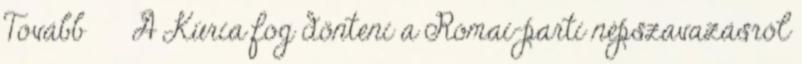
Tovább › ›A Kúria fog dönteni a Római-parti népszavazásról